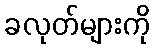
ခလုတ်များကို